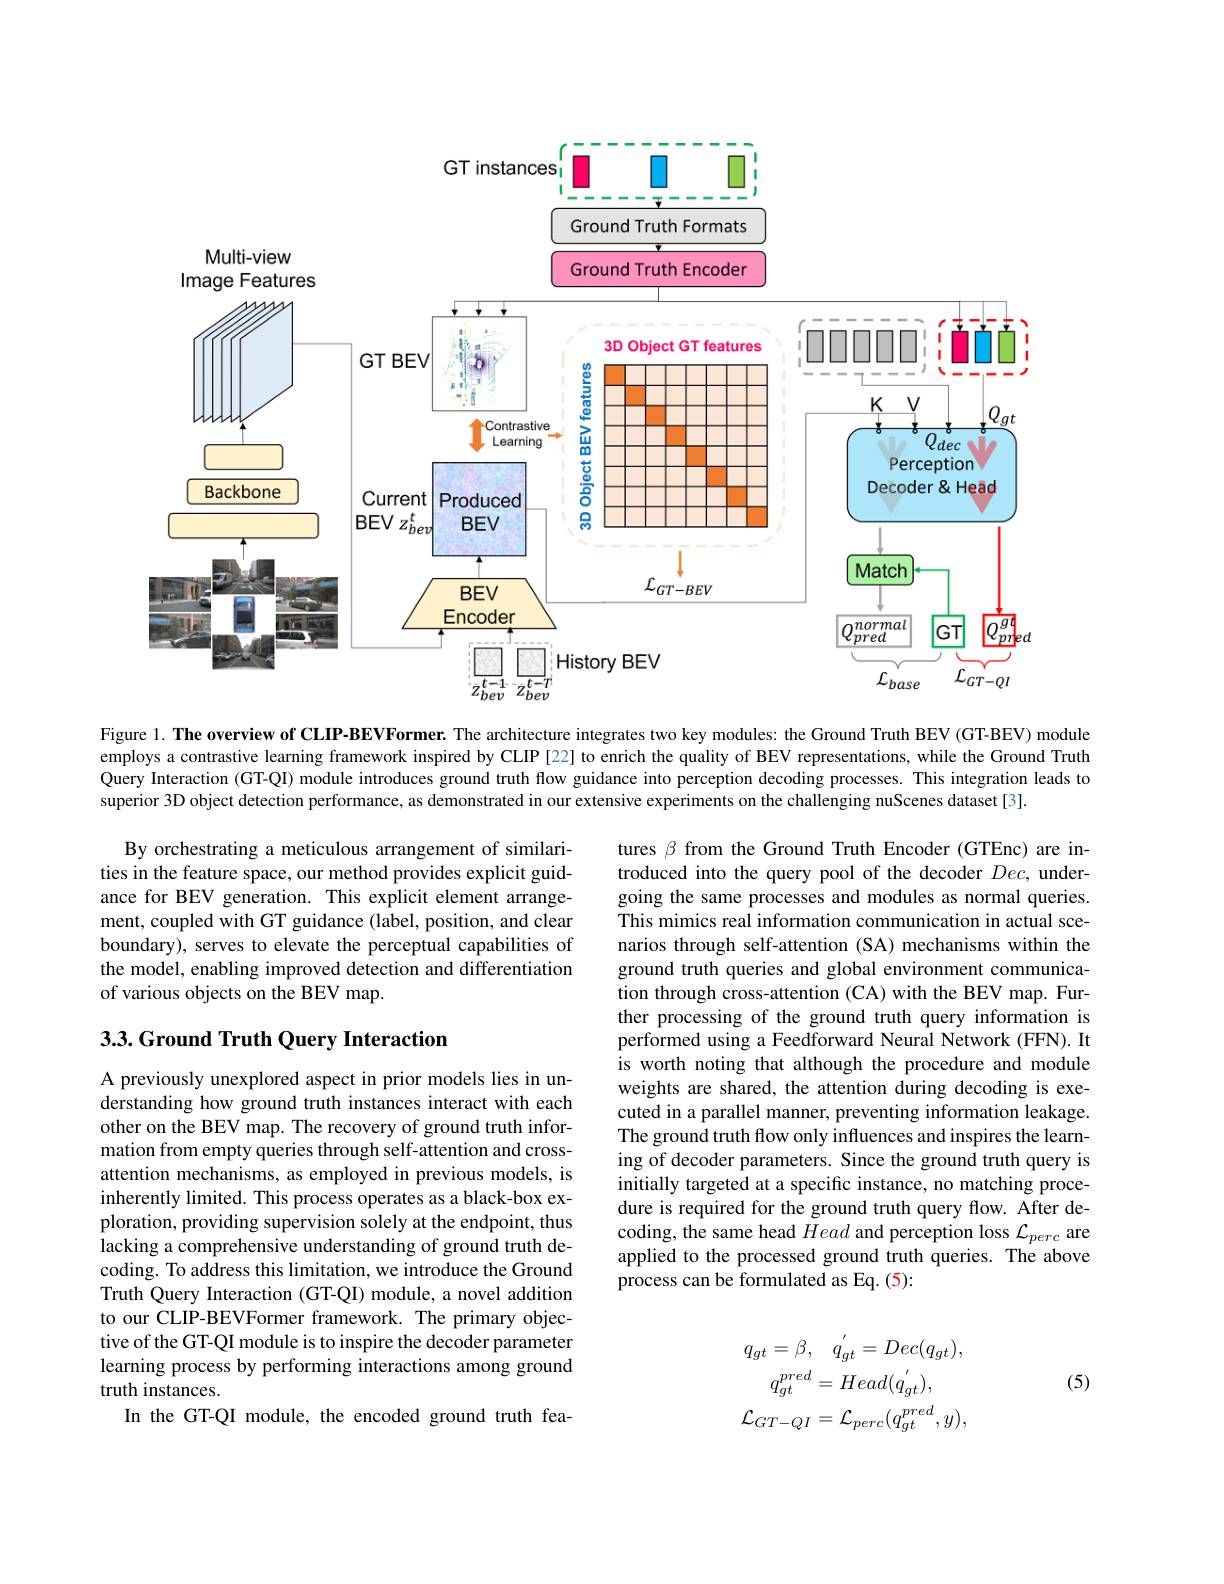
<FigureHere>

Figure 1. The overview of CLIP-BEVFormer. The architecture integrates two key modules: the Ground Truth BEV (GT-BEV) module employs a contrastive learning framework inspired by CLIP [22] to enrich the quality of BEV representations, while the Ground Truth Query Interaction (GT-QI) module introduces ground truth flow guidance into perception decoding processes. This integration leads to superior 3D object detection performance, as demonstrated in our extensive experiments on the challenging nuScenes dataset [3].

By orchestrating a meticulous arrangement of similarities in the feature space, our method provides explicit guidance for BEV generation. This explicit element arrangement, coupled with GT guidance (label, position, and clear boundary), serves to elevate the perceptual capabilities of the model, enabling improved detection and differentiation of various objects on the BEV map.

## 3.3. Ground Truth Query Interaction

tures $\beta$ from the Ground Truth Encoder (GTEnc) are introduced into the query pool of the decoder $Dec$, undergoing the same processes and modules as normal queries. This mimics real information communication in actual scenarios through self-attention (SA) mechanisms within the ground truth queries and global environment communication through cross-attention (CA) with the BEV map. Further processing of the ground truth query information is performed using a Feedforward Neural Network (FFN). It is worth noting that although the procedure and module weights are shared, the attention during decoding is executed in a parallel manner, preventing information leakage. The ground truth flow only influences and inspires the learning of decoder parameters. Since the ground truth query is initially targeted at a specific instance, no matching procedure is required for the ground truth query flow. After decoding, the same head $\tilde{H}ead$ and perception loss $\mathcal{L}_perc$ are applied to the processed ground truth queries. The above process can be formulated as Eq. (5):

A previously unexplored aspect in prior models lies in understanding how ground truth instances interact with each other on the BEV map. The recovery of ground truth information from empty queries through self-attention and crossattention mechanisms, as employed in previous models, is inherently limited. This process operates as a black-box exploration, providing supervision solely at the endpoint, thus lacking a comprehensive understanding of ground truth decoding. To address this limitation, we introduce the Ground Truth Query Interaction (GT-QI) module, a novel addition to our CLIP-BEVFormer framework. The primary objective of the GT-QI module is to inspire the decoder parameter learning process by performing interactions among ground truth instances.
In the GT-QI module, the encoded ground truth fea-

(5)
$$q_{gt}=\beta,\quad q_{gt}^{'}=Dec(q_{gt}),\\q_{gt}^{pred}=Head(q_{gt}^{'}),\\\mathcal{L}_{GT-QI}=\mathcal{L}_{perc}(q_{gt}^{pred},y),$$